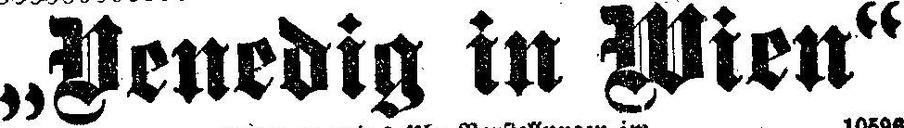
„Venedig in Wien“